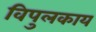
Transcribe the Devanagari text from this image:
विपुलकाय